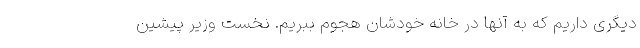
دیگری داریم که به آنها در خانه خودشان هجوم ببریم. نخست وزیر پیشین